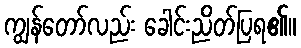
ကျွန်တော်လည်း ခေါင်းညိတ်ပြရ၏။